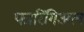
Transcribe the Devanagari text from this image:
फारिंगिअल